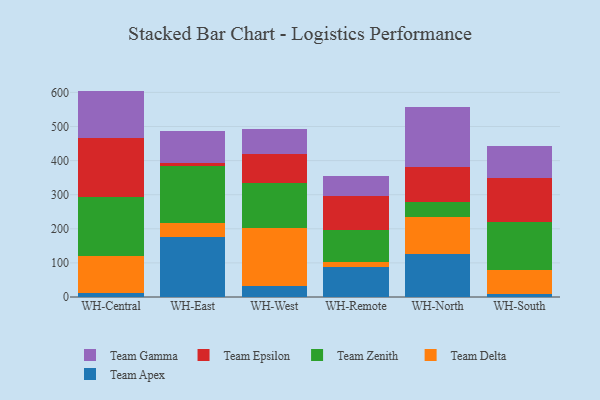
{"axis": {"x": "Warehouse", "y": "Latency (ms)"}, "legend": ["Team Apex", "Team Delta", "Team Epsilon", "Team Gamma", "Team Zenith"], "data": [{"x": "WH-Central", "y": 13.0, "type": "Team Apex"}, {"x": "WH-Central", "y": 107.7, "type": "Team Delta"}, {"x": "WH-Central", "y": 171.6, "type": "Team Zenith"}, {"x": "WH-Central", "y": 175.2, "type": "Team Epsilon"}, {"x": "WH-Central", "y": 137.1, "type": "Team Gamma"}, {"x": "WH-East", "y": 174.6, "type": "Team Apex"}, {"x": "WH-East", "y": 41.5, "type": "Team Delta"}, {"x": "WH-East", "y": 168.3, "type": "Team Zenith"}, {"x": "WH-East", "y": 10.0, "type": "Team Epsilon"}, {"x": "WH-East", "y": 91.2, "type": "Team Gamma"}, {"x": "WH-West", "y": 32.8, "type": "Team Apex"}, {"x": "WH-West", "y": 170.2, "type": "Team Delta"}, {"x": "WH-West", "y": 132.1, "type": "Team Zenith"}, {"x": "WH-West", "y": 84.4, "type": "Team Epsilon"}, {"x": "WH-West", "y": 74.2, "type": "Team Gamma"}, {"x": "WH-Remote", "y": 87.6, "type": "Team Apex"}, {"x": "WH-Remote", "y": 14.0, "type": "Team Delta"}, {"x": "WH-Remote", "y": 94.6, "type": "Team Zenith"}, {"x": "WH-Remote", "y": 101.3, "type": "Team Epsilon"}, {"x": "WH-Remote", "y": 58.6, "type": "Team Gamma"}, {"x": "WH-North", "y": 126.9, "type": "Team Apex"}, {"x": "WH-North", "y": 107.3, "type": "Team Delta"}, {"x": "WH-North", "y": 44.6, "type": "Team Zenith"}, {"x": "WH-North", "y": 103.2, "type": "Team Epsilon"}, {"x": "WH-North", "y": 175.8, "type": "Team Gamma"}, {"x": "WH-South", "y": 8.2, "type": "Team Apex"}, {"x": "WH-South", "y": 71.9, "type": "Team Delta"}, {"x": "WH-South", "y": 140.2, "type": "Team Zenith"}, {"x": "WH-South", "y": 130.0, "type": "Team Epsilon"}, {"x": "WH-South", "y": 91.4, "type": "Team Gamma"}]}